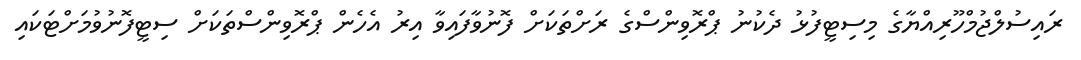
ރައިސުލްޖުމްހޫރިއްޔާގެ މިސިޓީފުޅު ދެކުނު ޕްރޮވިންސްގެ ރަށްތަކަށް ފޮނުވާފައިވާ އިރު އެހެން ޕްރޮވިންސްތަކަށް ސިޓީފޮނުވުމަށްޓަކައި